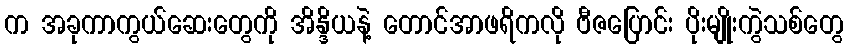
က အခုကာကွယ်ဆေးတွေကို အိန္ဒိယနဲ့ တောင်အာဖရိကလို ဗီဇပြောင်း ပိုးမျိုးကွဲသစ်တွေ